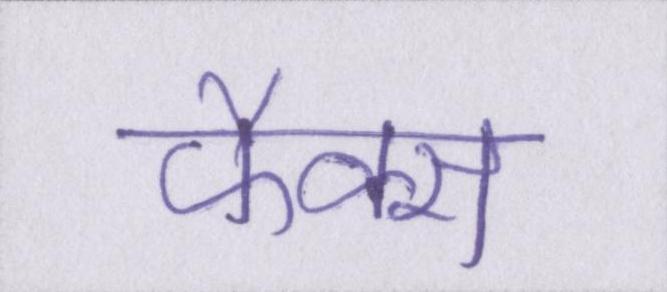
फैक्स